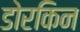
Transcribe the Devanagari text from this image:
डोरकिन